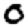
Digit: 0